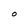
Character: O